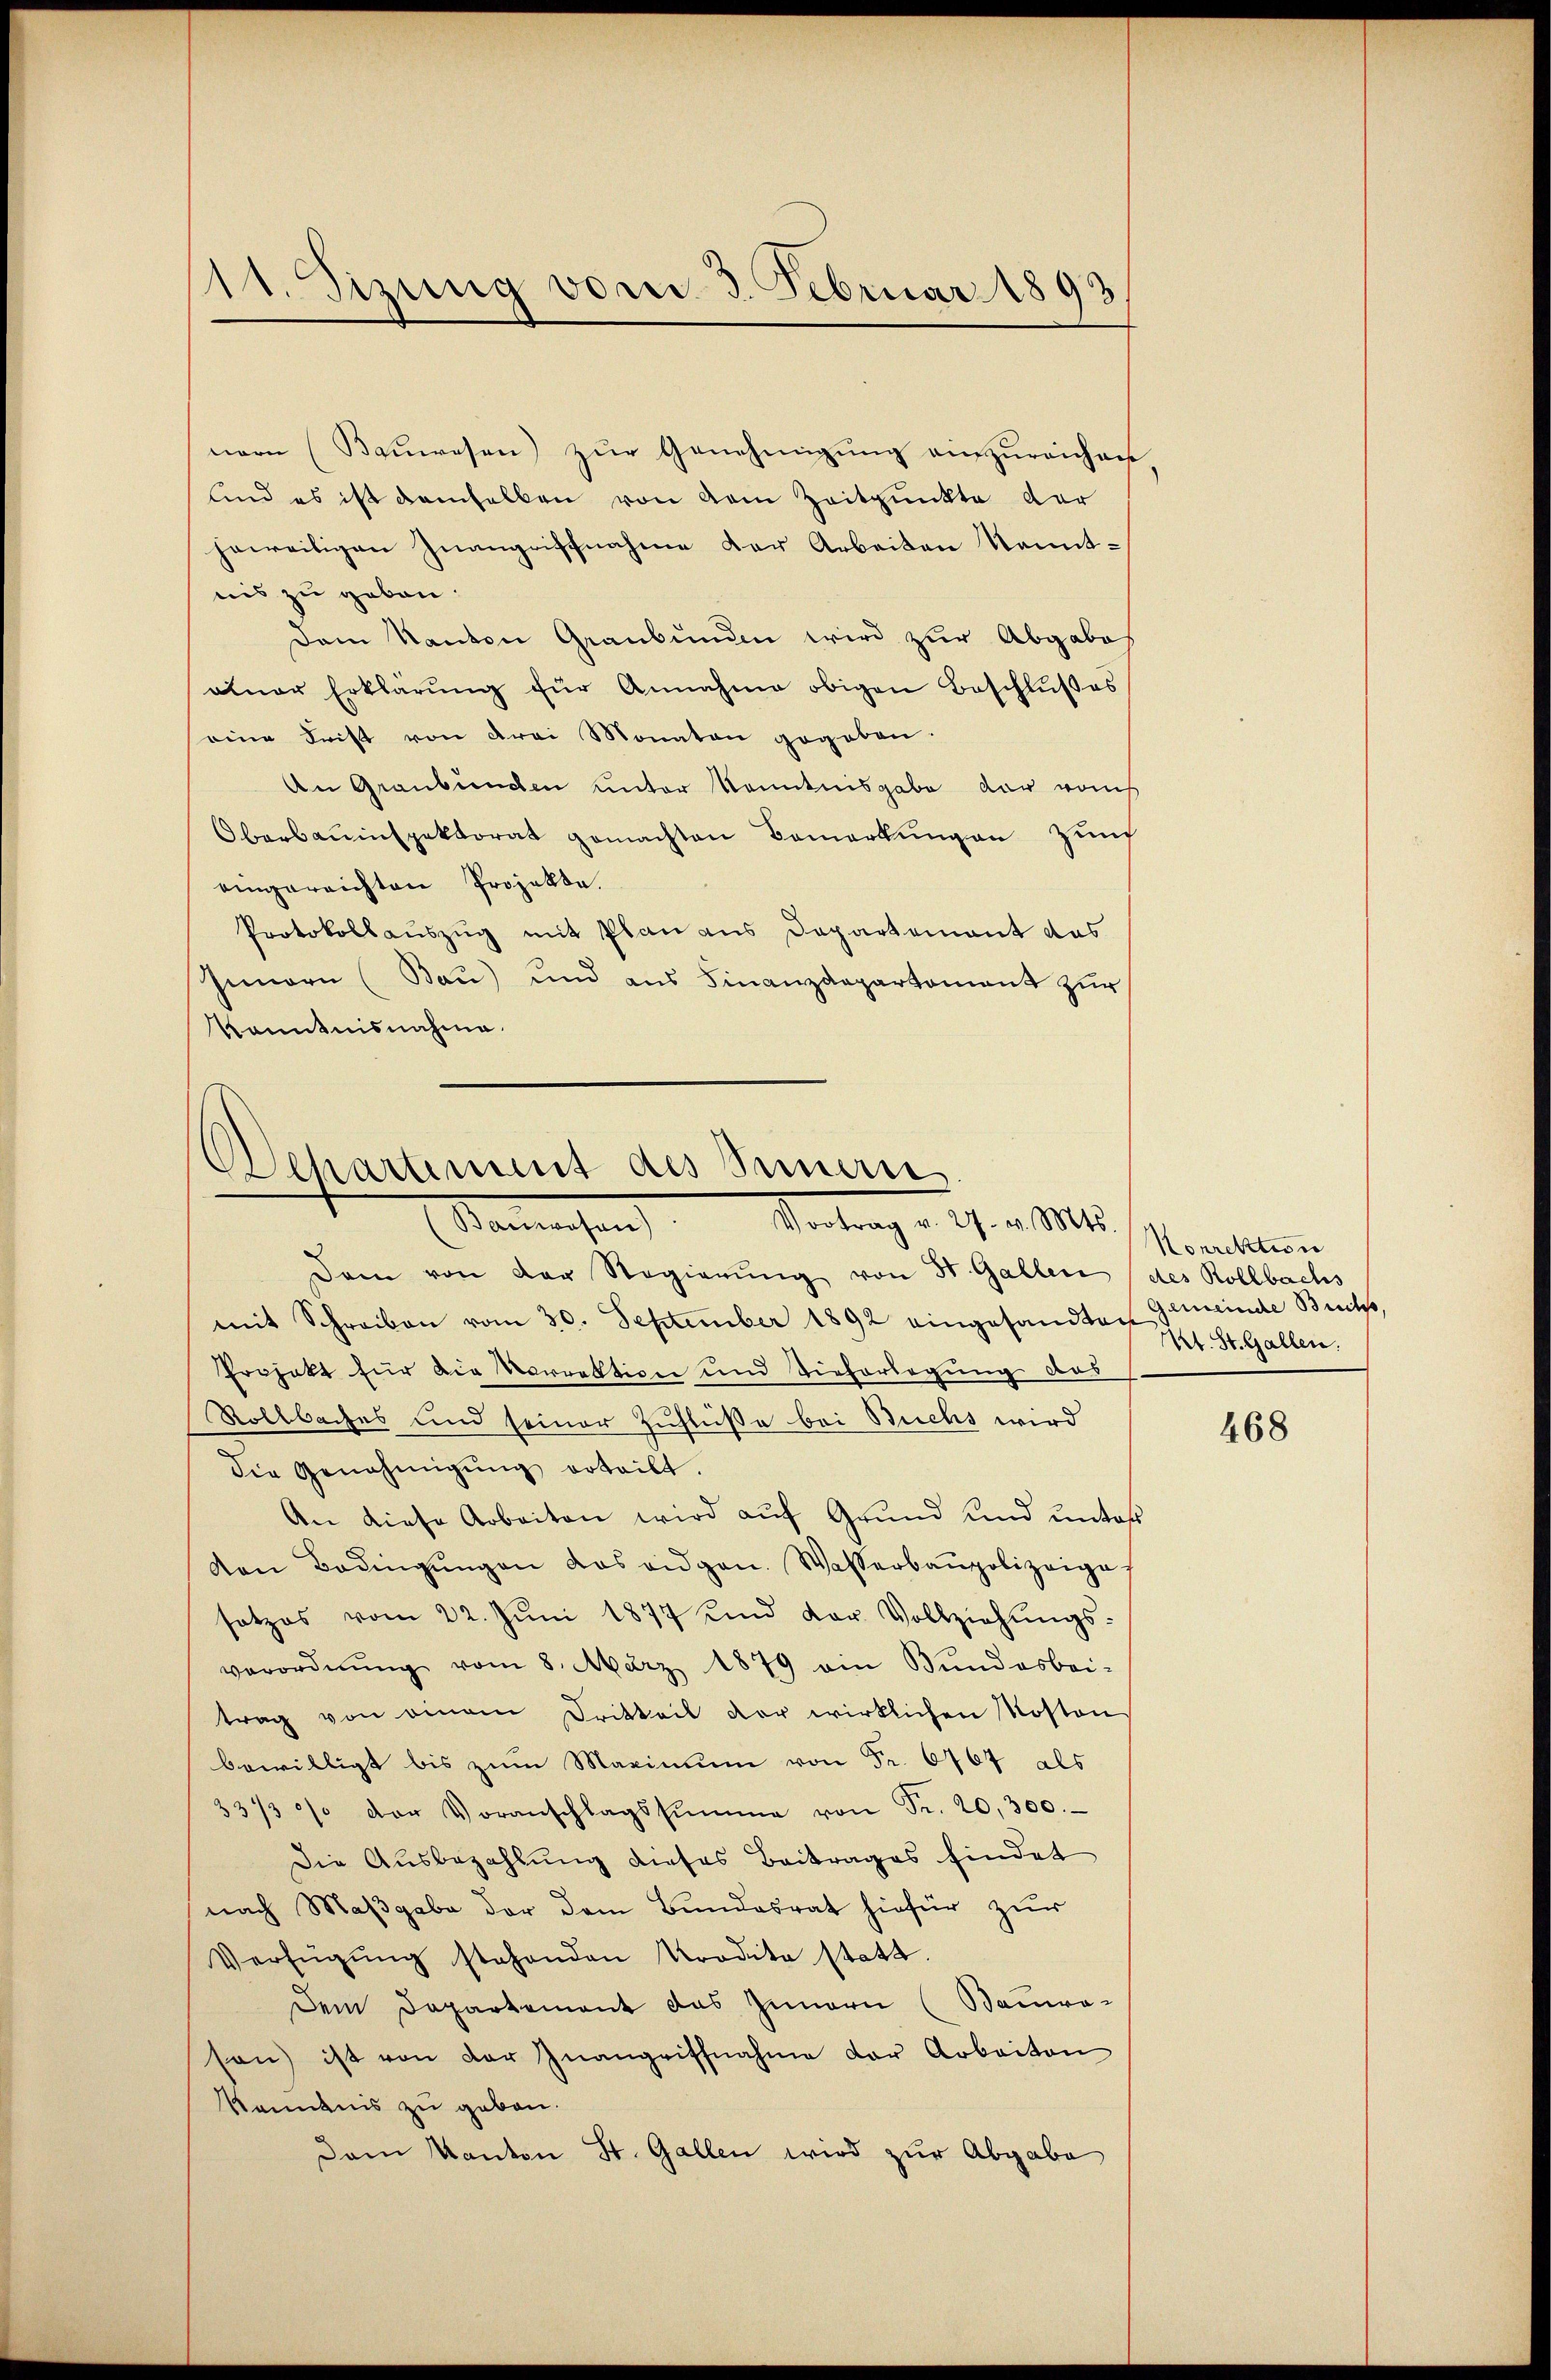
11. Sizung vom 3. Februar 1893

nern (Bauwesen zur Genehmigung einzureichen.
sind es ist demselben von dem Zeitpunkte der
jeweiligen Inangriffnahme der Arbeiten Kenntnis zu geben.
Dem Kanton Graubünden wird zur Abgabes
alner Erklärŭng für Annahme obigen Beschlŭβes
eine Frist von drei Monaten gegeben.
An Graubünden unter Kenntnisgabe der von
Oberbauinspektorat gemachten Bemerkŭngen Zünf
eingereichten Projekte.
Protokollauszug mit Plan aus Departement das
Innern (Bau) und aus Finanzdepartament zur
Kenntnisnahme.

Polhartement des Innere
Vertrag d. 7. v. M.
Stammenhan

Dam von der Regierŭng von St. Gallen (des Kollbachs
mit Schreiben vom 30. September 1892 eingesandten Gemeinde Breitss
Projekt für die Vorrestiger und Tieferlegung das
Rollbaches und seiner Zuflüße bei Buchs wird
die Genehmigŭng erteilt.
An diese Arbeiten wird aŭf Grŭnd und unter
von Bedingŭngen das eidgen. Wasserbaupolizeige,
satzes vom 22. Jŭni 1877 und der Vollziehŭngs-
verordnŭng vom 8. März 1879 ein Bundesbei-
trag von einem Dritteil der wirklichen Kosten
bewilligt bis zum Maximum von Fr. 6767 als
33/30% der Voranschlagssumme von Fr. 20,300.
Die Ausbezahlung dieses Beitrages findet
nach Maβgabe der dem Bundesrat hiefür zur
Verfügŭng stehenden Kredita statt.
Dem Departement das Innern (Bauwe-
son) ist von der Inangriffnahme der Arbeiten
kenntnis zu geben.
dam Kanton St. Gallen wird zur Abgabe

Honrektion
Kt. St. Gallen.

468